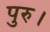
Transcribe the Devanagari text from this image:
पुरु।